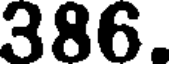
386.